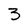
Character: 3